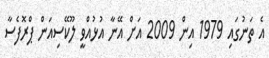
އެ ތަނުގައި 1979 އިން 2009 އަށް އޭނާ އުޅުއްވީ ލޫކޭސިއަން ޕްރޮފެސާ